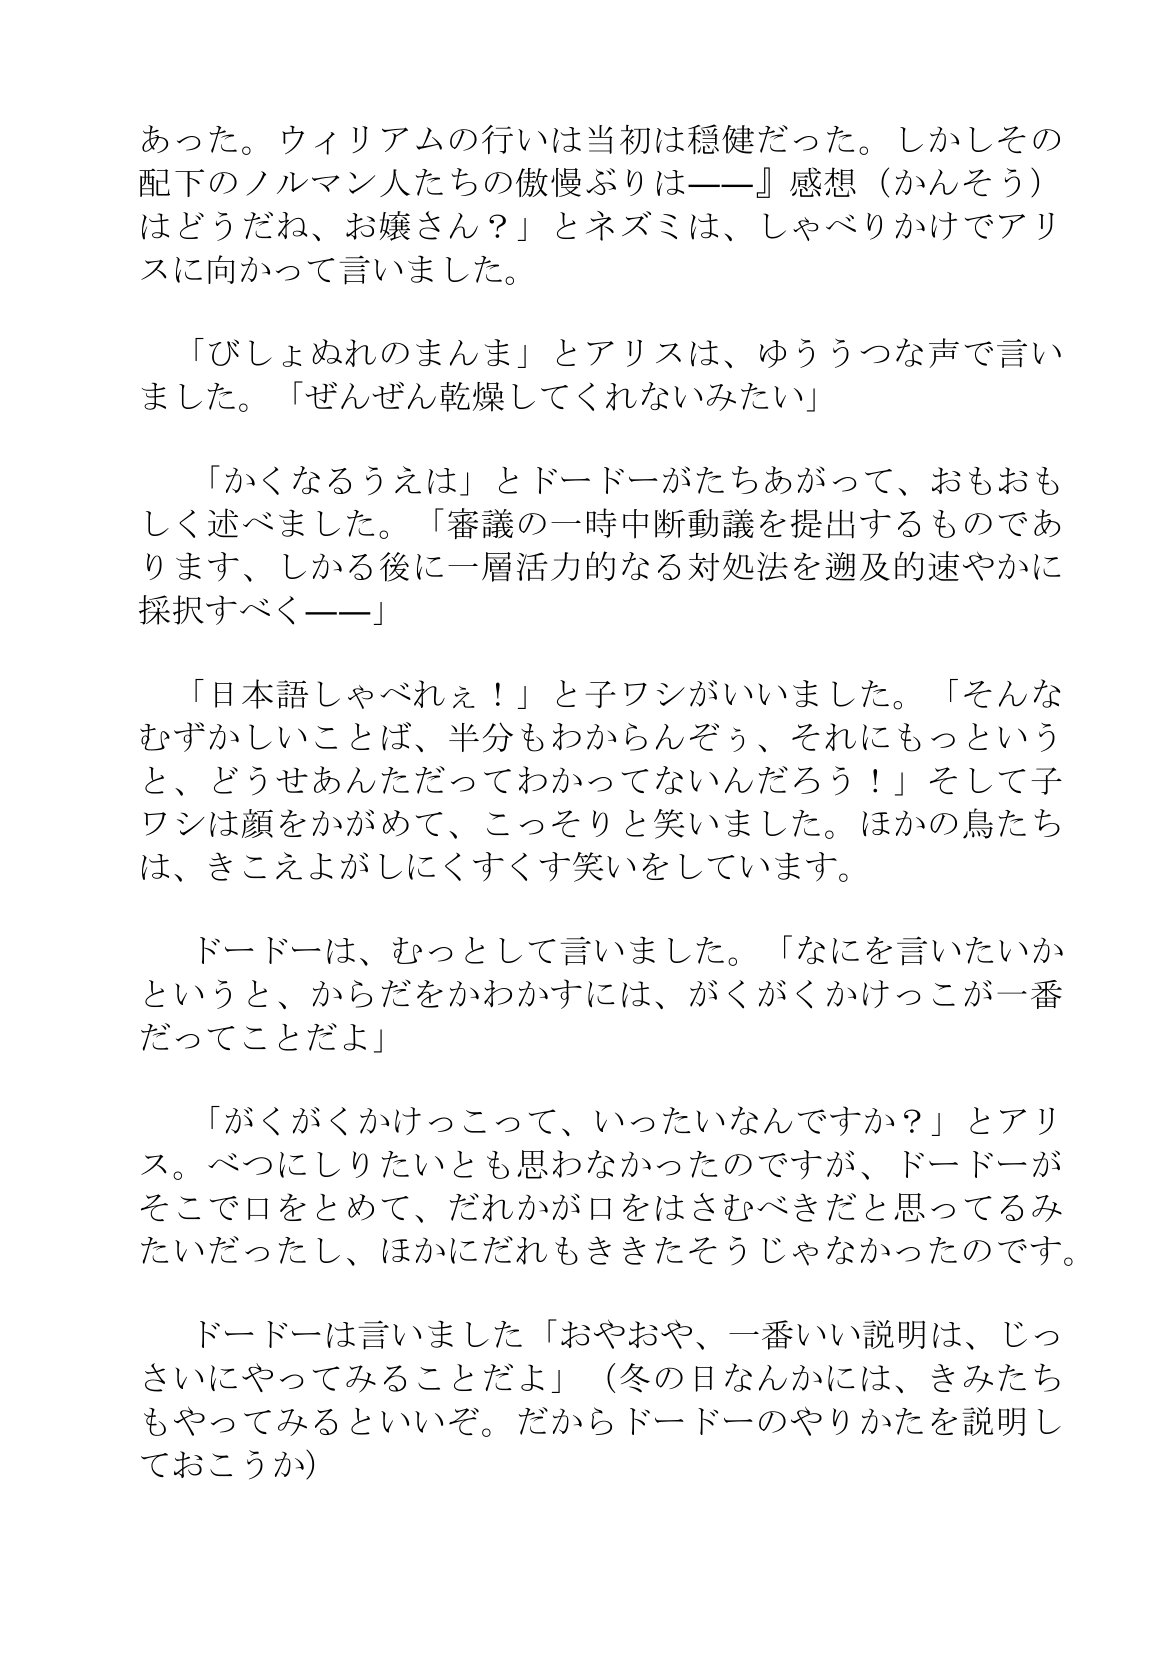
Language: ja